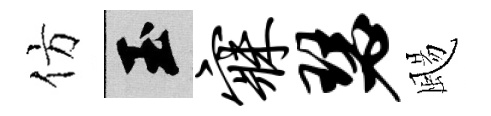
仿玉寐瑟颺